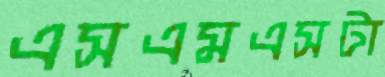
এসএমএসটা